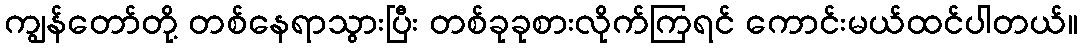
ကျွန်တော်တို့ တစ်နေရာသွားပြီး တစ်ခုခုစားလိုက်ကြရင် ကောင်းမယ်ထင်ပါတယ်။